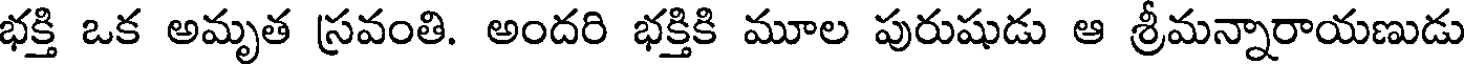
భక్తి ఒక అమృత స్రవంతి. అందరి భక్తికి మూల పురుషుడు ఆ శ్రీమన్నారాయణుడు